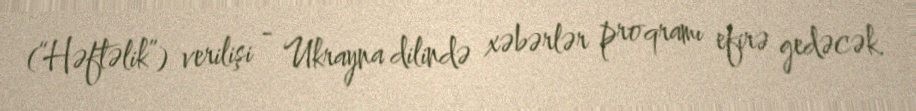
(“Həftəlik”) verilişi - Ukrayna dilində xəbərlər proqramı efirə gedəcək.